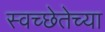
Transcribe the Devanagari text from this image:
स्वच्छेतेच्या